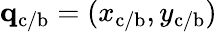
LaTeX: \mathbf{q}_{\mathrm{c/b}}=(x_{\mathrm{c/b}},y_{\mathrm{c/b}})